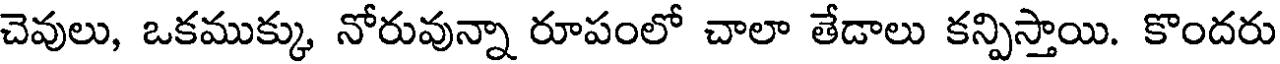
చెవులు, ఒకముక్కు, నోరువున్నా రూపంలో చాలా తేడాలు కన్పిస్తాయి. కొందరు